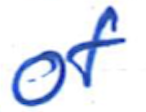
Text: of
Cross-out: clean
Writing tool: ballpoint